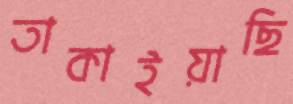
তাকাইয়াছি